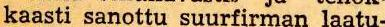
kaasti sanottu suurfirman laatu-